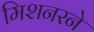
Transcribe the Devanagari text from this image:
मिशनरने